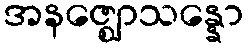
အနဇ္ဈောသန္နော